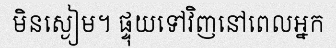
មិនស្ងៀម។ ផ្ទុយទៅវិញនៅពេលអ្នក